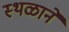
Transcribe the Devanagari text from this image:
स्थळाने